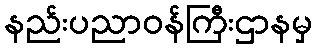
နည်းပညာဝန်ကြီးဌာနမှ